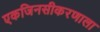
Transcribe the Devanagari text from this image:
एकजिनसीकरणाला